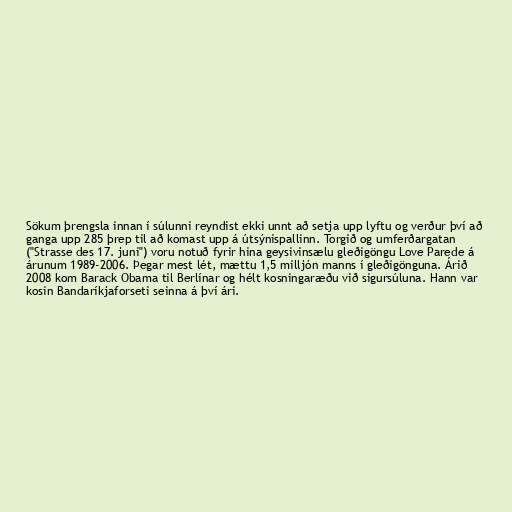
Sökum þrengsla innan í súlunni reyndist ekki unnt að setja upp lyftu og verður því að
ganga upp 285 þrep til að komast upp á útsýnispallinn. Torgið og umferðargatan
("Strasse des 17. juni") voru notuð fyrir hina geysivinsælu gleðigöngu Love Parede á
árunum 1989-2006. Þegar mest lét, mættu 1,5 milljón manns í gleðigönguna. Árið
2008 kom Barack Obama til Berlínar og hélt kosningaræðu við sigursúluna. Hann var
kosin Bandaríkjaforseti seinna á því ári.